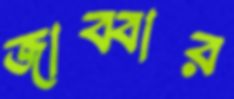
জাব্বার